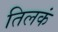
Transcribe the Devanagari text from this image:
तिलकं